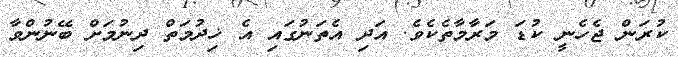
ކުރަން ޖެހެނީ ކުޑަ މަރާމާތެކެވެ. އަދި އެތަނުގައި އެ ޚިދުމަތް ދިނުމަށް ބޭނުންވާ